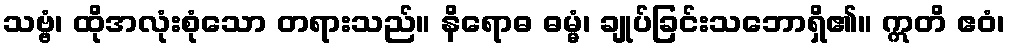
သဗ္ဗံ၊ ထိုအလုံးစုံသော တရားသည်။ နိရောဓ ဓမ္မံ၊ ချုပ်ခြင်းသဘောရှိ၏။ ဣတိ ဧဝံ၊